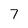
Character: 7